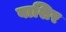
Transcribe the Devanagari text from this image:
बाशिर